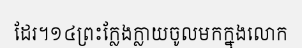
ដែរ។១៤ព្រះក្លែងក្លាយចូលមកក្នុងលោក